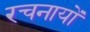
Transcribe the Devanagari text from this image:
रचनायों